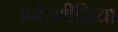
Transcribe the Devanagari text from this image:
एनेस्थीज़िया